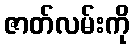
ဇာတ်လမ်းကို